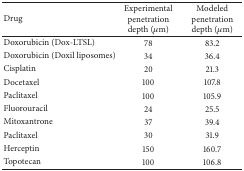
<table><thead><tr><td><b>Drug</b></td><td><b>Experimental penetration depth (<i>μ</i>m)</b></td><td><b>Modeled penetration depth (<i>μ</i>m)</b></td></tr></thead><tbody><tr><td>Doxorubicin (Dox-LTSL)</td><td>78 </td><td>83.2</td></tr><tr><td>Doxorubicin (Doxil liposomes)</td><td>34 </td><td>36.4 </td></tr><tr><td>Cisplatin</td><td>20 </td><td>21.3</td></tr><tr><td>Docetaxel</td><td>100 </td><td>107.8 </td></tr><tr><td>Paclitaxel</td><td>100 </td><td>105.9 </td></tr><tr><td>Fluorouracil</td><td>24 </td><td>25.5</td></tr><tr><td>Mitoxantrone</td><td>37 </td><td>39.4</td></tr><tr><td>Paclitaxel</td><td>30 </td><td>31.9</td></tr><tr><td>Herceptin</td><td>150 </td><td>160.7</td></tr><tr><td>Topotecan</td><td>100 </td><td>106.8</td></tr></tbody></table>